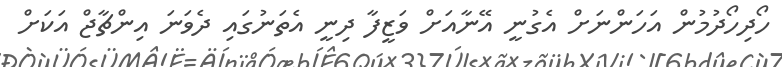
ހޯދިހޯދުމުން އަހަންނަށް އެގުނީ އޭނާއަށް ވަޒީފާ ދިނީ އެތަނުގައި ދެވަނަ އިންޗާޖް އަކަށް